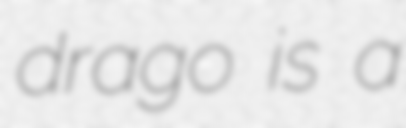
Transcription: drago is a